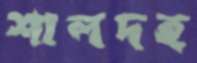
শালদহ